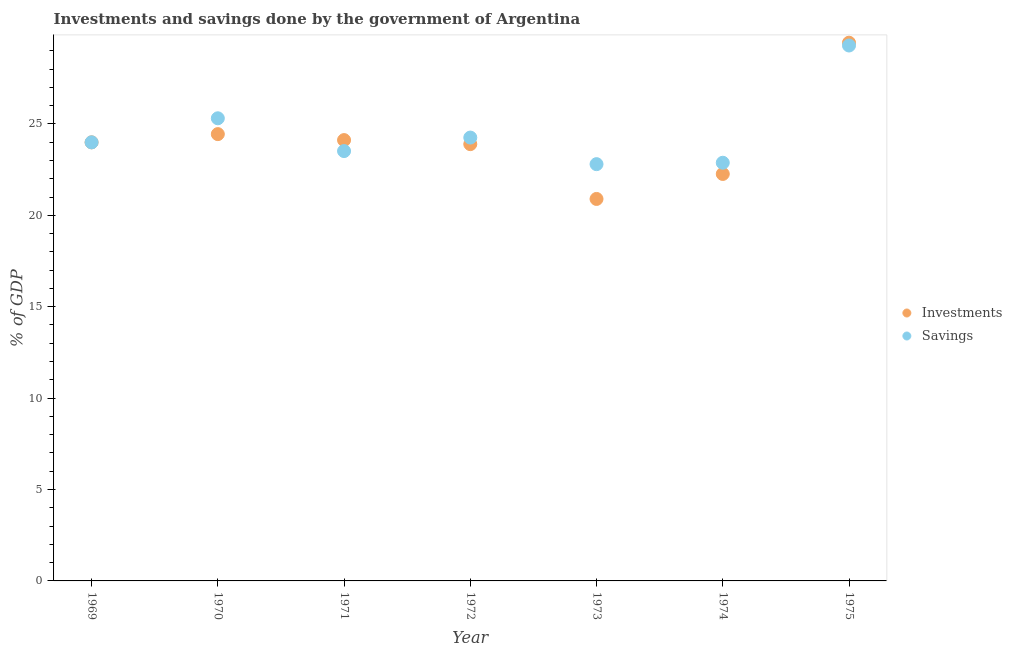
| Year | Investments | Savings |
 | --- | --- | --- |
 | 1969 | 24 | 24 |
 | 1970 | 24.4 | 25.3 |
 | 1971 | 24.1 | 23.5 |
 | 1972 | 23.9 | 24.3 |
 | 1973 | 20.9 | 22.8 |
 | 1974 | 22.3 | 22.9 |
 | 1975 | 29.4 | 29.3 |